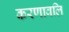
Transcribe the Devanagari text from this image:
करणावलि